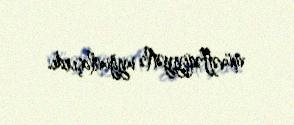
müvəffəqiyyətlə uyğunlaşırdı.